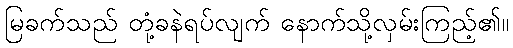
မြခက်သည် တုံ့ခနဲရပ်လျက် နောက်သို့လှမ်းကြည့်၏။